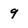
Character: 9